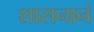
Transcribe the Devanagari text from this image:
शासनानं